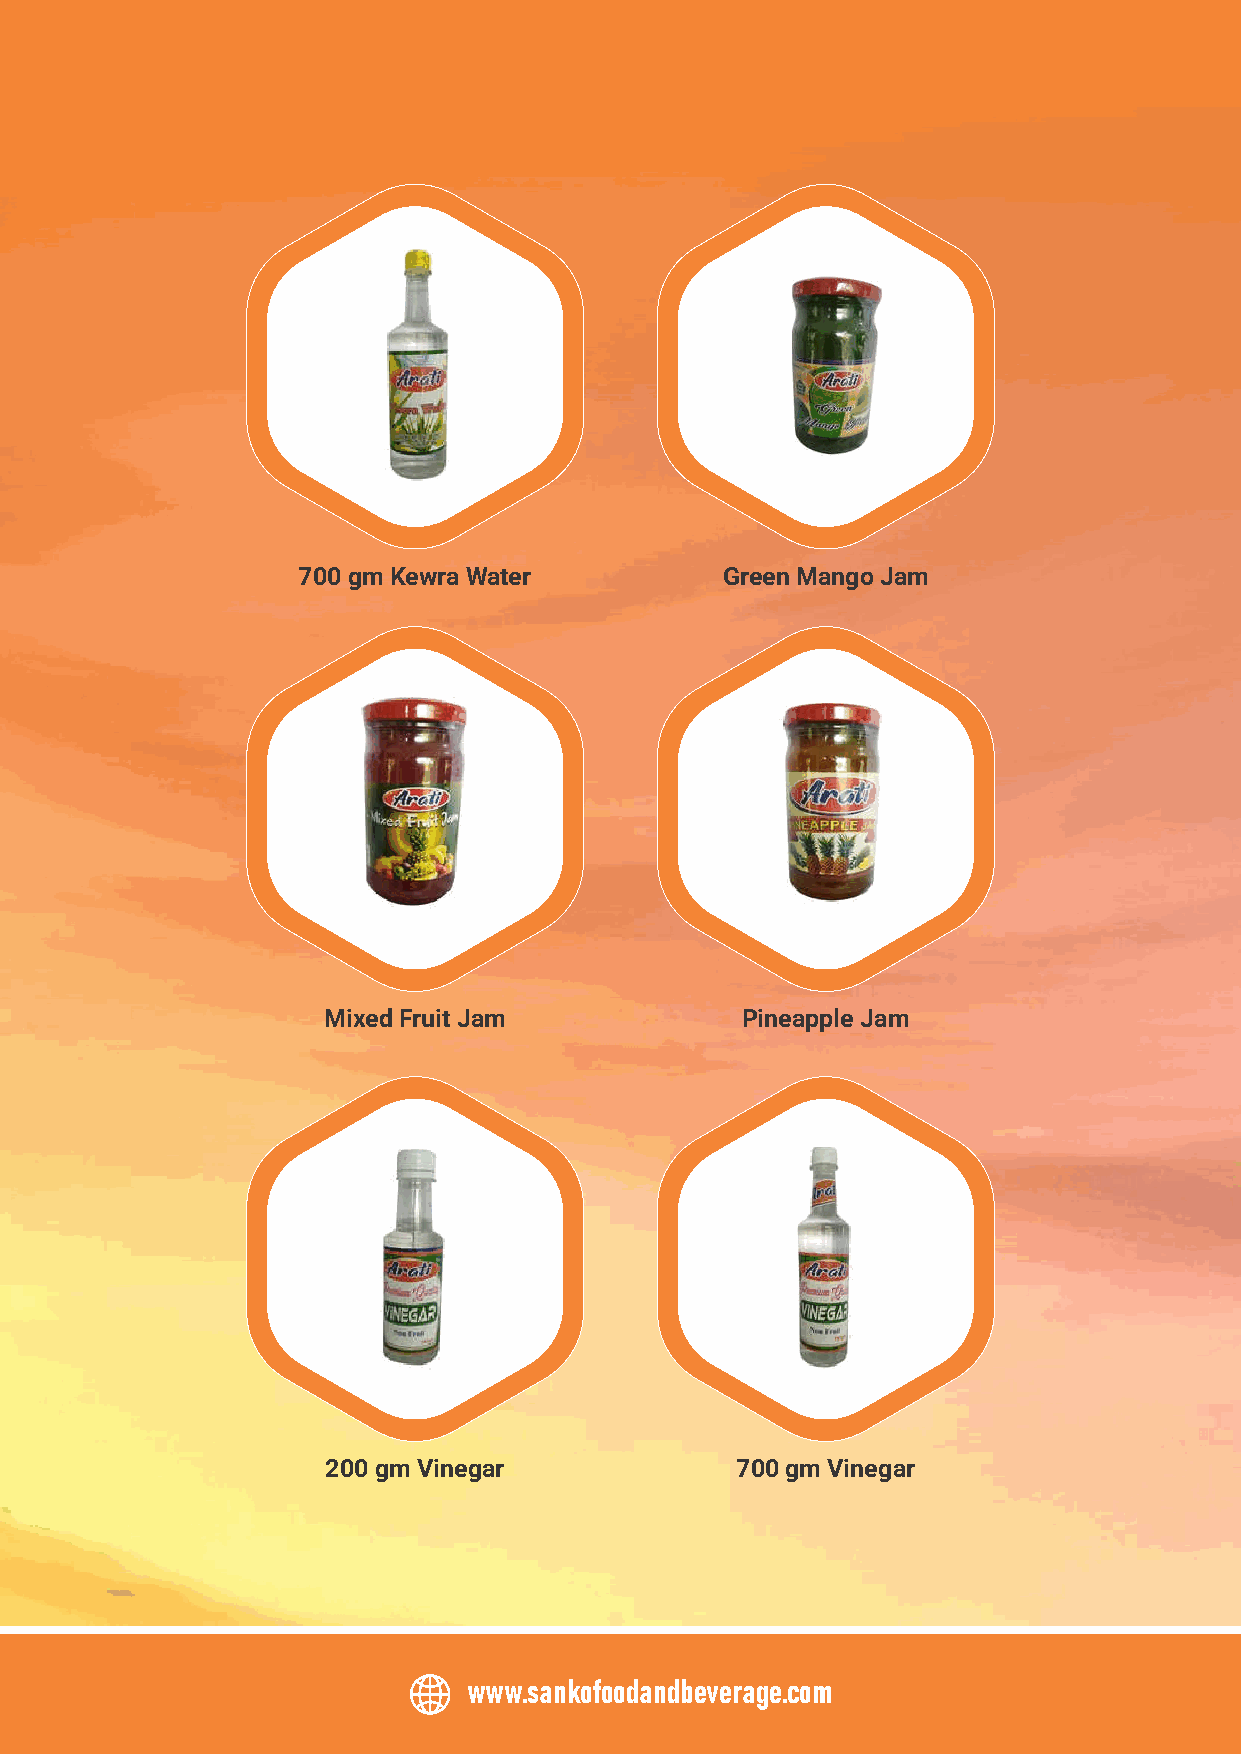
700 gm Kewra Water          Green Mango Jam
 Mixed Fruit Jam             Pineapple Jam
 200 gm Vinegar             700 gm Vinegar
 www.sankofoodandbeverage.com